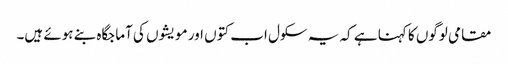
مقامی لوگوں کا کہنا ہے کہ یہ سکول اب کتوں اور مویشوں کی آماجگاہ بنے ہوئے ہیں۔